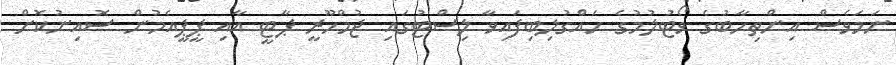
ނަމަވެސް އިންތިހާބުގެ ވޯޓުލުމުގެ ހައްގުލިބިފައިވާ ލިސްޓުގައި ޖުމްހޫރީ ޕާޓީ އާއި ޕީޕީއެމުން ސޮއިނުކޮށް